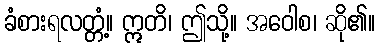
ခံစားရလတ္တံ့။ ဣတိ၊ ဤသို့။ အဝေါစ၊ ဆို၏။